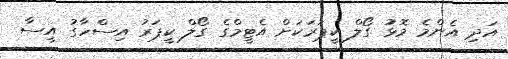
އަދި އެންމެ މޮޅު ގޯލް ކީޕަރަކަށް އެޓީމްގެ ގޯލް ކީޕަރު އިސްހާގު އީސާ